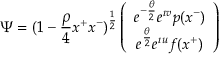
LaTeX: \Psi = ( 1 - { \frac { \rho } { 4 } } x ^ { + } x ^ { - } ) ^ { \frac { 1 } { 2 } } \left( \begin{array} { c } { { e ^ { - { \frac { \theta } { 2 } } } e ^ { \imath v } p ( x ^ { - } ) } } \\ { { e ^ { { \frac { \theta } { 2 } } } e ^ { \imath u } f ( x ^ { + } ) } } \end{array} \right)